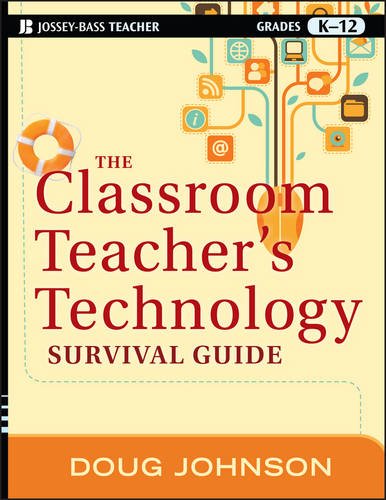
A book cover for The Classroom Teacher's Technology Survival Guide; Doug Johnson; Education & Teaching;